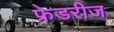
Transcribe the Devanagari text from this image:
फ्रेडरीज